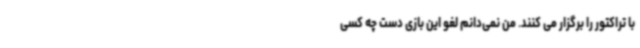
با تراکتور را برگزار می کنند. من نمی‌دانم لغو این بازی دست چه کسی